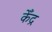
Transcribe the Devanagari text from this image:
केँद्र